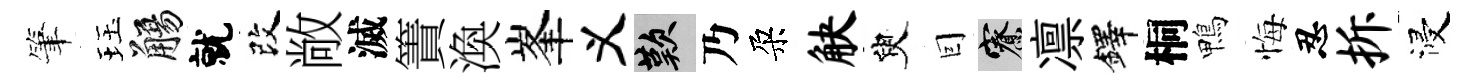
筆珏觴就改敞滅簀渙峯义嘆乃朶觖臾囙寮凛鐸桐鴨悔忍拆浸